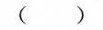
( )